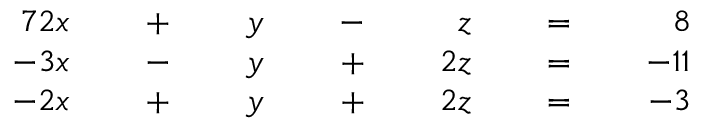
{ \begin{array} { r l r l r l r l r l r l r } { { 7 } 2 x } & { } & { \; + \; } & { } & { y } & { } & { \; - \; } & { } & { z } & { } & { \; = \; } & { } & { 8 } \\ { - 3 x } & { } & { \; - \; } & { } & { y } & { } & { \; + \; } & { } & { 2 z } & { } & { \; = \; } & { } & { - 1 1 } \\ { - 2 x } & { } & { \; + \; } & { } & { y } & { } & { \; + \; } & { } & { 2 z } & { } & { \; = \; } & { } & { - 3 } \end{array} }